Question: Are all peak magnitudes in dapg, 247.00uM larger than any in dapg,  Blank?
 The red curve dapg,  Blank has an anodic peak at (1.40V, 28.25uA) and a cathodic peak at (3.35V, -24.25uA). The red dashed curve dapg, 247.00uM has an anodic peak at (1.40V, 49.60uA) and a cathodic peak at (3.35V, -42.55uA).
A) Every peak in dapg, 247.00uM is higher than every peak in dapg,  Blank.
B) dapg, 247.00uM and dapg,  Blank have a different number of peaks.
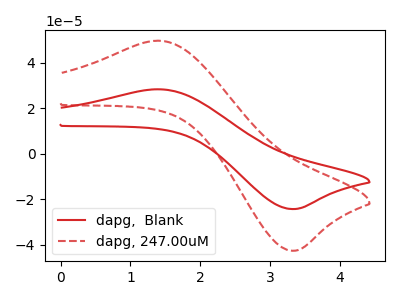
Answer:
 <answer>A) Every peak in "dapg, 247.00uM" is higher than every peak in "dapg,  Blank".</answer>
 <eval>A</eval>